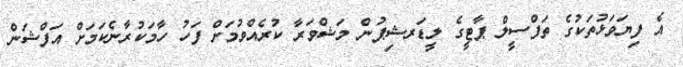
އެ ފިޔަވަޅުތަކުގެ ތަފްސީލް ޕާޓީގެ ލީޑަރޝިޕުން މަޝްވަރާ ކުރެއްވުމަށް ފަހު ހާމަކުރާނެކަމަށް އަފްޝަން